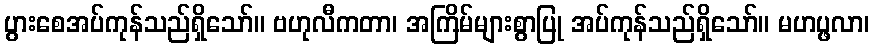
ပွားစေအပ်ကုန်သည်ရှိသော်။ ဗဟုလီကတာ၊ အကြိမ်များစွာပြု အပ်ကုန်သည်ရှိသော်။ မဟပ္ဖလာ၊